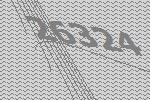
26324